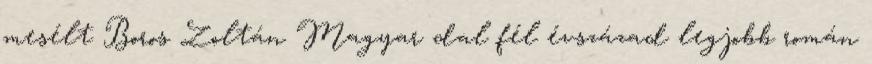
mesélt Boros Zoltán Magyar dal fél évszázad legjobb román